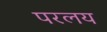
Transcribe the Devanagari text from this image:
परलय